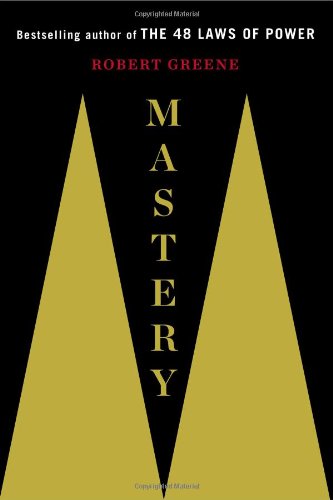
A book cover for Mastery; Robert Greene; Health, Fitness & Dieting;